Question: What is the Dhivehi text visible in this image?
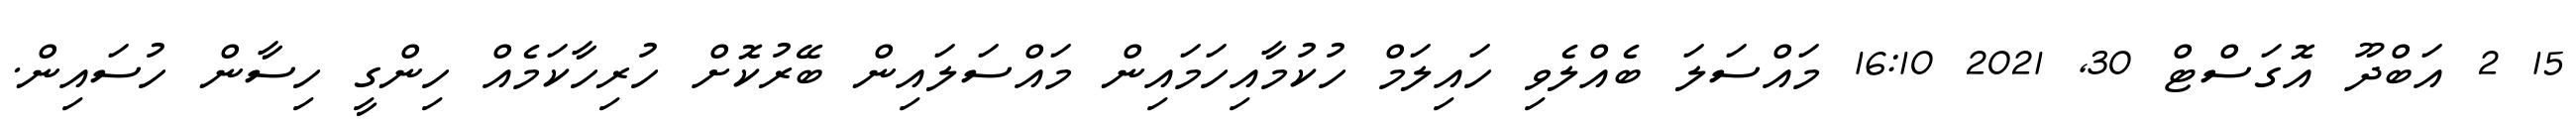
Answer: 15 2 އަބްދޫ އޮގަސްޓް 30, 2021 16:10 މައްސަލަ ބެއްލެވި ހައިލަމް ހުކުމާއިހަމައިން މައްސަލައިން ބޭރުކޮށް ހުރިހާކަމެއް ހިންގީ ހިސާން ހުސައިން.